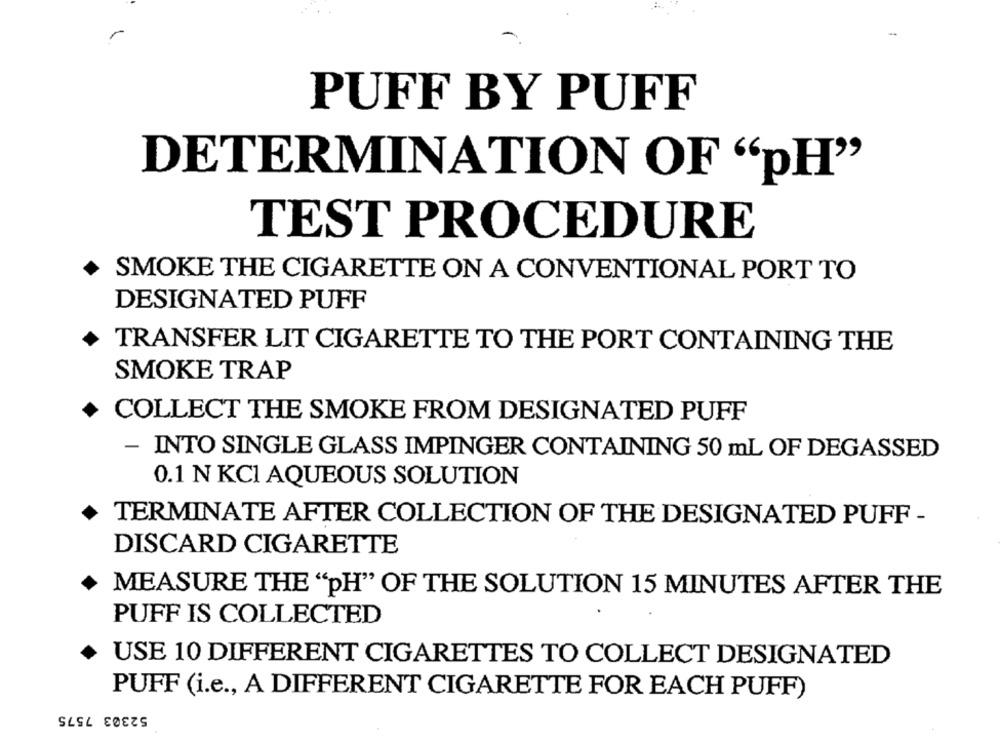
PUFF BY PUFF
DETERMINATION OF "pH"
TEST PROCEDURE
SMOKE THE CIGARETTE ON A CONVENTIONAL PORT TO
DESIGNATED PUFF
TRANSFER LIT CIGARETTE TO THE PORT CONTAINING THE
SMOKE TRAP
+ COLLECT THE SMOKE FROM DESIGNATED PUFF
- INTO SINGLE GLASS IMPINGER CONTAINING 50 mL OF DEGASSED
0.1 N KCI AQUEOUS SOLUTION
TERMINATE AFTER COLLECTION OF THE DESIGNATED PUFF -
DISCARD CIGARETTE
MEASURE THE "pH" OF THE SOLUTION 15 MINUTES AFTER THE
PUFF IS COLLECTED
USE 10 DIFFERENT CIGARETTES TO COLLECT DESIGNATED
PUFF (i.e ., A DIFFERENT CIGARETTE FOR EACH PUFF)
52303 7575